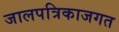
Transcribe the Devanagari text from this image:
जालपत्रिकाजगत